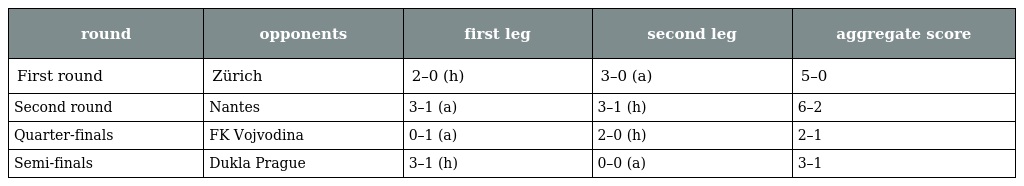
| round | opponents | first leg | second leg | aggregate score |
 | --- | --- | --- | --- | --- |
 | First round | Zürich | 2–0 (h) | 3–0 (a) | 5–0 |
 | Second round | Nantes | 3–1 (a) | 3–1 (h) | 6–2 |
 | Quarter-finals | FK Vojvodina | 0–1 (a) | 2–0 (h) | 2–1 |
 | Semi-finals | Dukla Prague | 3–1 (h) | 0–0 (a) | 3–1 |